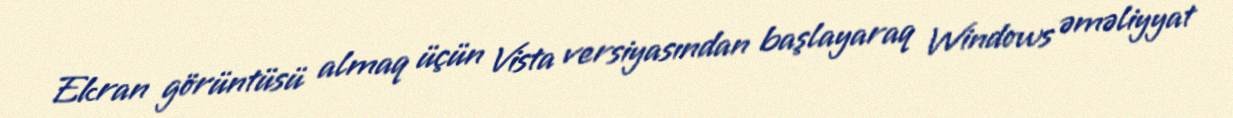
Ekran görüntüsü almaq üçün Vista versiyasından başlayaraq Windows əməliyyat